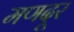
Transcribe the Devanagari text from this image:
मणदूर